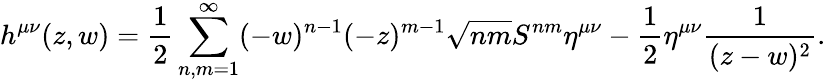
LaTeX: h^{\mu\nu}(z,w)=\frac{1}{2}\sum_{n,m=1}^{\infty}(-w)^{n-1}(-z)^{m-1}\sqrt{nm}S^{nm}\eta^{\mu\nu}-\frac{1}{2}\eta^{\mu\nu}\frac{1}{(z-w)^{2}}.